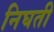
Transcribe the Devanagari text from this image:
निघती